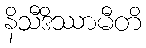
နိသီဒိဿာမီတိ